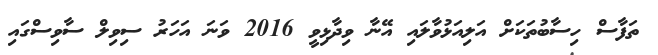
ތަފާސް ހިސާބުތަކަށް އަލިއަޅުވާލައި އޭނާ ވިދާޅިވީ 2016 ވަނަ އަަހަރު ސިވިލް ސާވިސްގައި